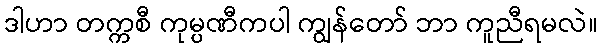
ဒါဟာ တက္ကစီ ကုမ္ပဏီကပါ ကျွန်တော် ဘာ ကူညီရမလဲ။